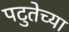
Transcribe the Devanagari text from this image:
पटुतेच्या